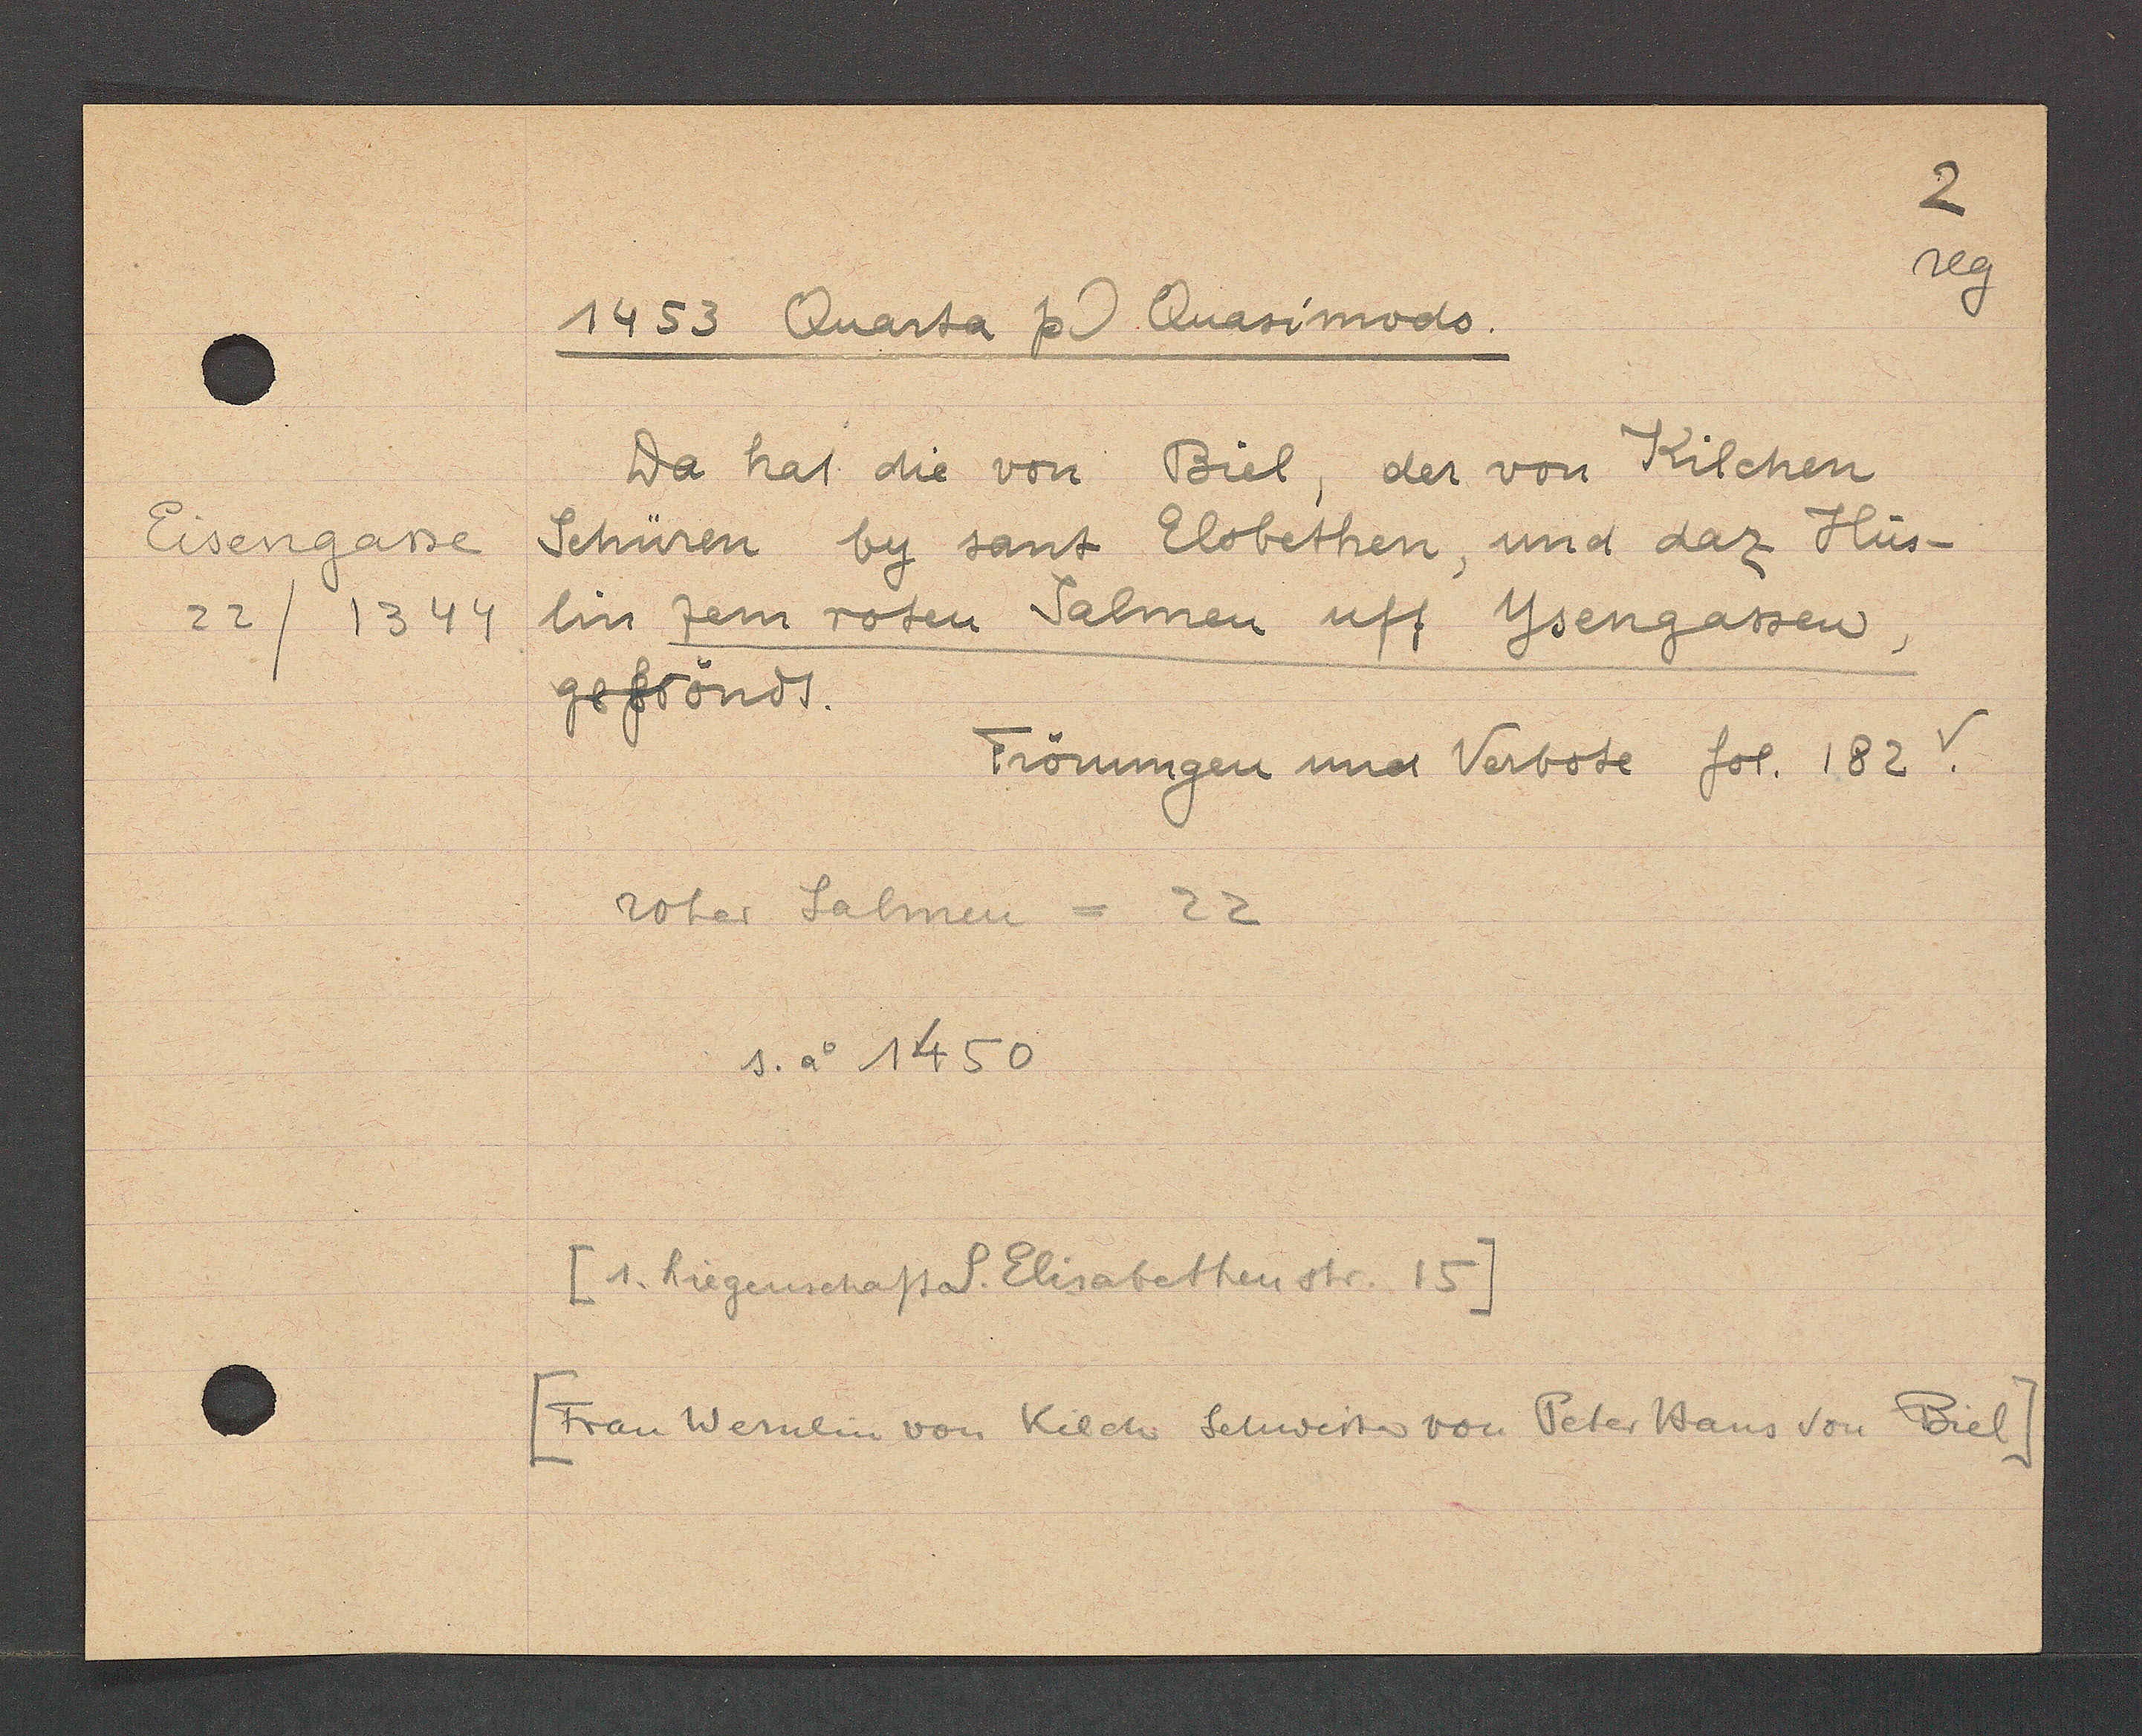
Transcript:
Eisengasse
22/1344

1453 Quarta post Quasimodo.
Da hat die von Biel, der von Kilchen
Schüren by sant Elsbethen, und daz Hus-
lin zem roten Salmen uff Ysengassen,
geffröndt.
Frönungen und Verbote fol. 182v.
roter Salmen = 22
s. ao 1450
[1. Liegenschaft S. Elisabethenstr 15]
[Frau Wernlin von Kilch Schwester von Peter Hans von Biel]